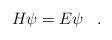
LaTeX: \begin{align*}H \psi = E \psi \, \, \, \, \, .\end{align*}